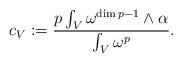
LaTeX: \begin{align*}c_{V} := \frac{p\int_{V}\omega^{\dim p-1}\wedge\alpha}{\int_{V}\omega^{p}}.\end{align*}